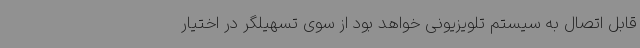
قابل اتصال به سیستم تلویزیونی خواهد بود از سوی تسهیلگر در اختیار